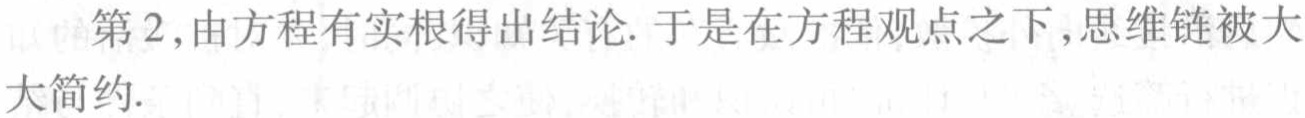
第 2,由方程有实根得出结论. 于是在方程观点之下,思维链被大大简约.